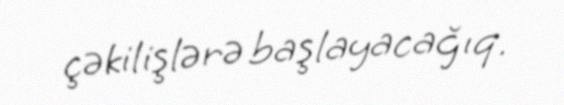
çəkilişlərə başlayacağıq.